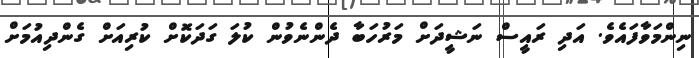
ނިންމަވާފައެވެ. އަދި ރައީސް ނަޝީދަށް މަރުހަބާ ދެންނެވުން ކުލަ ގަދަކޮށް ކުރިއަށް ގެންދިއުމަށް